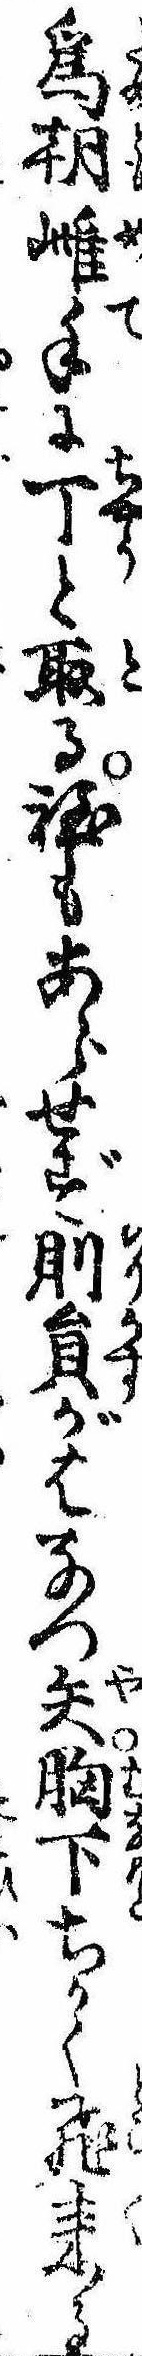
為朝雌手に丁と取る程もあらせず則員がはなつ矢胸下ちかく飛来る